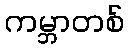
ကမ္ဘာတစ်